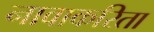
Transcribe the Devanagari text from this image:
नावाकरिता